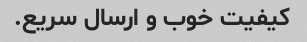
کیفیت خوب و ارسال سریع.